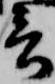
言